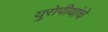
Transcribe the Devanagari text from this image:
युरोपीयांचे